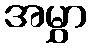
အမွှာ